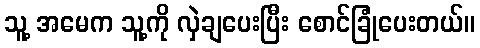
သူ့ အမေက သူ့ကို လှဲချပေးပြီး စောင်ခြုံပေးတယ်။